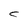
Character: C